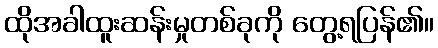
ထိုအခါထူးဆန်းမှုတစ်ခုကို တွေ့ရပြန်၏။